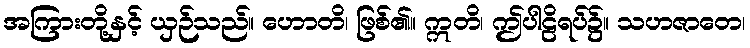
အကြားတို့နှင့် ယှဉ်သည်။ ဟောတိ၊ ဖြစ်၏။ ဣတိ၊ ဤပါဠိရပ်၌။ သဟဇာတေ၊